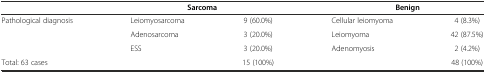
<table><thead><tr><td></td><td colspan="2"><b>Sarcoma</b></td><td colspan="2"><b>Benign</b></td></tr></thead><tbody><tr><td>Pathological diagnosis</td><td>Leiomyosarcoma</td><td>9 (60.0%)</td><td>Cellular leiomyoma</td><td>4 (8.3%)</td></tr><tr><td></td><td>Adenosarcoma</td><td>3 (20.0%)</td><td>Leiomyoma</td><td>42 (87.5%)</td></tr><tr><td></td><td>ESS</td><td>3 (20.0%)</td><td>Adenomyosis</td><td>2 (4.2%)</td></tr><tr><td>Total: 63 cases</td><td></td><td>15 (100%)</td><td></td><td>48 (100%)</td></tr></tbody></table>